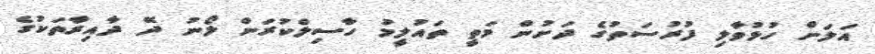
އަލަށް ހުޅުވާލި ފުރުސަތުގެ ދަށުން މަތީ ތައުލީމު ހާސިލްކުރަން ލޯނު ދޭ ދާއިރާތަކުގެ